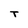
Character: T